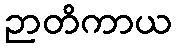
ဉာတိကာယ